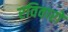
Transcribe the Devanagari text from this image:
रविवारों